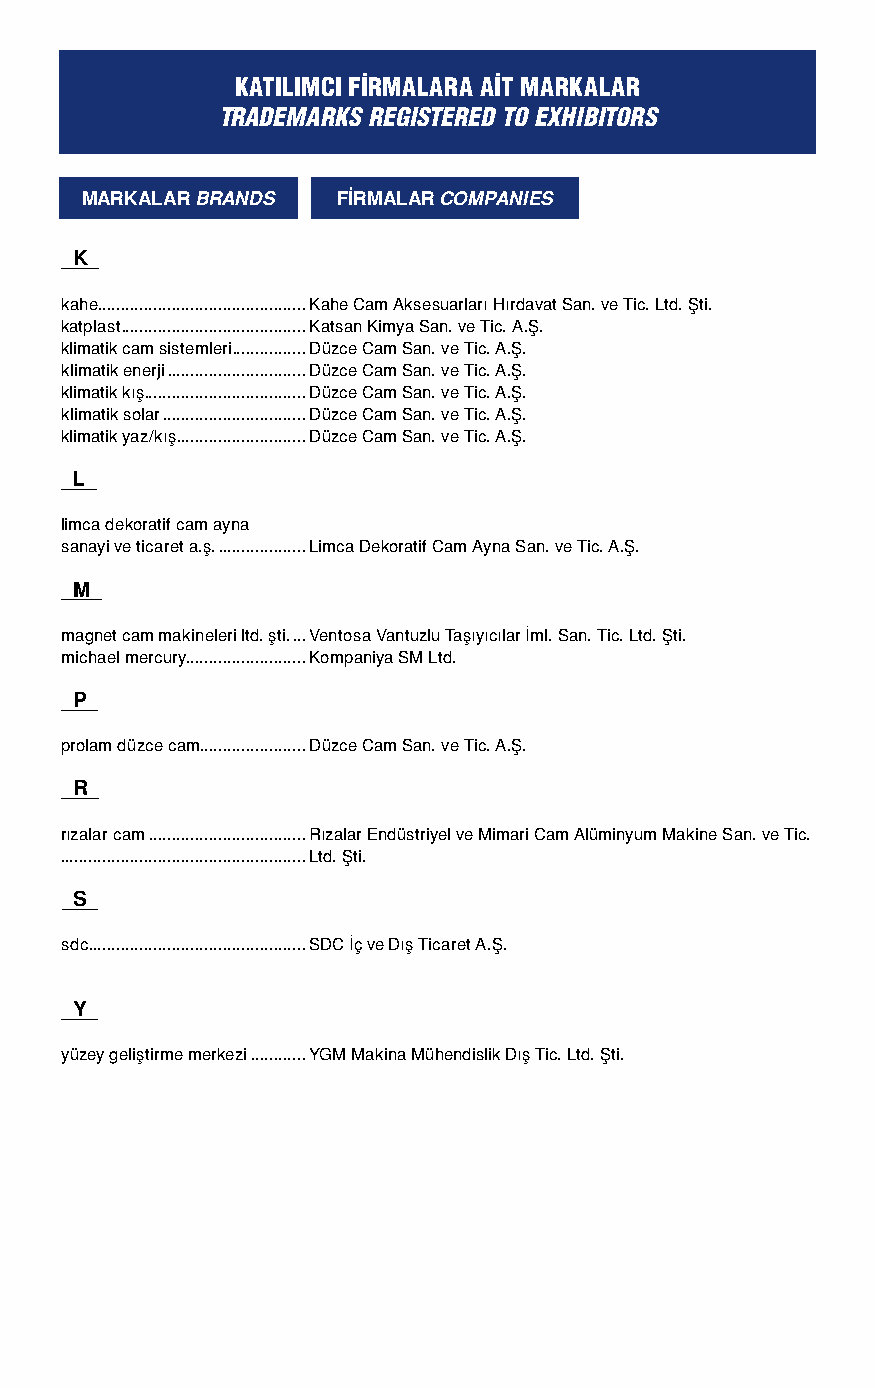
KATILIMCI FİRMALARA AİT MARKALAR
 TRADEMARKS REGISTERED TO EXHIBITORS
 MARKALAR BRANDS  FİRMALAR COMPANIES
 K
 kahe .............................................Kahe Cam Aksesuarları Hırdavat San. ve Tic. Ltd. Şti.
 katplast ........................................Katsan Kimya San. ve Tic. A.Ş.
 klimatik cam sistemleri ................Düzce Cam San. ve Tic. A.Ş.
 klimatik enerji ..............................Düzce Cam San. ve Tic. A.Ş.
 klimatik kış ...................................Düzce Cam San. ve Tic. A.Ş.
 klimatik solar ...............................Düzce Cam San. ve Tic. A.Ş.
 klimatik yaz/kış ............................Düzce Cam San. ve Tic. A.Ş.
 L
 limca dekoratif cam ayna
 sanayi ve ticaret a.ş. ...................Limca Dekoratif Cam Ayna San. ve Tic. A.Ş.
 M
 magnet cam makineleri ltd. şti. ...Ventosa Vantuzlu Taşıyıcılar İml. San. Tic. Ltd. Şti.
 michael mercury..........................Kompaniya SM Ltd.
 P
 prolam düzce cam .......................Düzce Cam San. ve Tic. A.Ş.
 R
 rızalar cam ..................................Rızalar Endüstriyel ve Mimari Cam Alüminyum Makine San. ve Tic.
 .....................................................Ltd. Şti.
 S
 sdc ...............................................SDC İç ve Dış Ticaret A.Ş.
 Y
 yüzey geliştirme merkezi ............YGM Makina Mühendislik Dış Tic. Ltd. Şti.